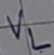
Text: VL